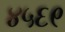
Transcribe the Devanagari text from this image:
४५६९